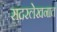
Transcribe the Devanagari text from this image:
सदरलेखनात